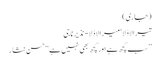
(جاری)
تیرا لاڈلا‘ میرا لاڈلا- نذیر ناجی
’’سب کچھ ہے اور کچھ بھی نہیں ہے‘‘ حسن نثار